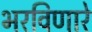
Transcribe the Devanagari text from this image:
भरविणारे